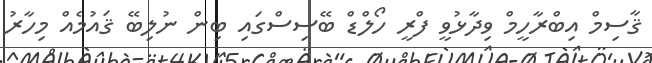
ޤާސިމް އިބްރާހީމް ވިދާޅުވީ ފްރީ ހޯލްޑް ބޭސިސްގައި ބިން ނުލިބޭ ޤައުމެއް މިހާރު